King Institute of Preventive Medicine Micro-Biological Section reports 1912-19
Year: 1912
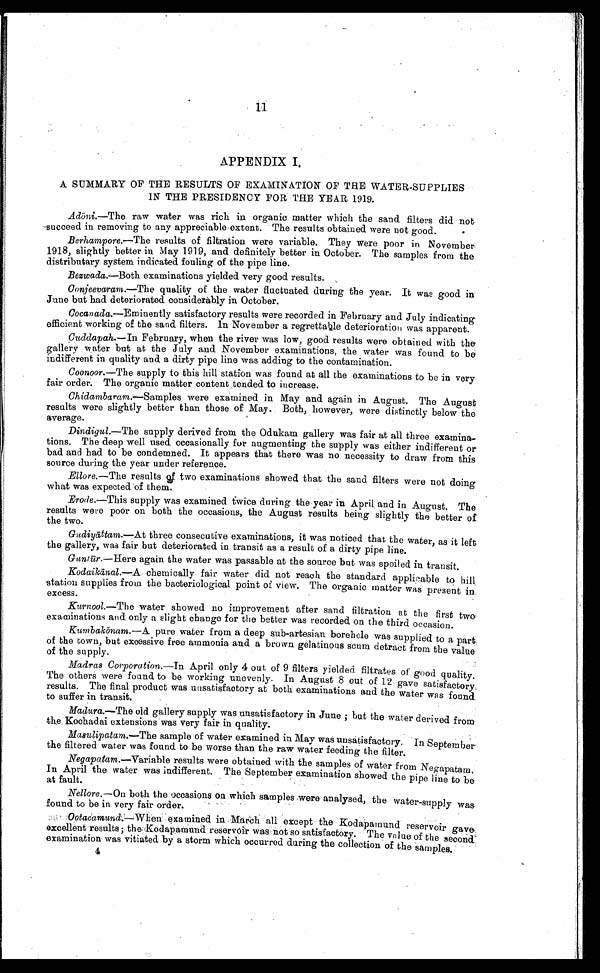
11
APPENDIX I.
A SUMMARY OF THE RESULTS OF EXAMINATION OF THE WATER-SUPPLIES
IN THE PRESIDENCY FOR THE YEAR 1919.
Ad ō ni .—The raw water was rich in organic matter which the sand filters did not
succeed in removing to any appreciable extent. The results obtained were not good.
Berhampore. —The results of filtration were variable. They were poor in November
1918, slightly better in May 1919, and definitely better in October. The samples from the
distributary system indicated fouling of the pipe line.
Bezwada .—Both examinations yielded very good results.
Conjeevaram. —The quality of the water fluctuated during the year. It was good in
June but had deteriorated considerably in October.
Cocanada .— Eminently satisfactory results were recorded in February and July indicating
efficient working of the sand filters. In November a regrettable deterioration was apparent.
Cuddapah .—In February, when the river was low, good results were obtained with the
gallery water but at the July and November examinations, the water was found to be
indifferent in quality and a dirty pipe line was adding to the contamination.
Coonoor .—The supply to this hill station was found at all the examinations to be in very
fair order. The organic matter content tended to increase.
Chidambaram. — Samples were examined in May and again in August. The August
results were slightly better than those of May. Both, however, were distinctly below the
average.
Dindigul.—The supply derived from the Odukam gallery was fair at all three examina-
tions. The deep well used occasionally for augmenting the supply was either indifferent or
bad and had to be condemned. It appears that there was no necessity to draw from this
source during the year under reference.
Ellore. —The results of two examinations showed that the sand filters were not doing
what was expected of them.
Erode.—This supply was examined twice during the year in April, and in August. The
results were poor on both the occasions, the August results being slightly the better of
the two.
Gudiyā ttam.—At three consecutive examinations, it was noticed that the water, as it left
the gallery, was fair but deteriorated in transit as a result of a dirty pipe line.
Gantū r.— Here again the water was passable at the source but was spoiled in transit.
Kodaikā nal.—A chemically fair water did not reach the standard appl ic able to hill
station supplies from the bacteriological point of view. The organic matter was present in
excess.
Kurnool.—The water showed no improvement after sand filtration at the first two
examinations and only a slight change for the better was recorded on the third occasion.
Kumbakōnam. —A pure water from a deep sub-artesian borehole was supplied to a part
of the town, but excessive free ammonia and a brown gelatinous scum detract from the value
of the supply.
Madras Corporation. —In April only 4 out of 9 filters yielded filtrates of good quality
The others were found to be working unevenly. In August 8 out of 12 gave satisfactory:
results. The final product was unsatisfactory at both examinations and the water was found
to suffer in transit.
Madura.—The old gallery supply was unsatisfactory in June ; but the water derived from
the. Kochadai extensions was very fair in quality.
Masulipatam.—The sample of water examined in May was unsatisfactory. In September
the filtered water was found to be worse than the raw water feeding the filter.
Negapatam.—Variable results were obtained with the samples of water from Negapatam.
In April the water was indifferent. The September examination showed the pipe line to be
at fault.
Nellore. —On both the occasions on which samples were analysed, the water-supply was.
found to be in very fair order.
Ootacamund.—When examined in March all except the Kodapamund reservoir gave
excellent results ; the Kodapamund reservoir was not so satisfactory. The value of the second
examination was vitiated by a storm which occurred during the collection of the samples.
4